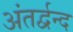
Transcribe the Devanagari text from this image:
अंतर्द्वन्द